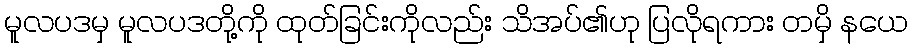
မူလပဒမှ မူလပဒတို့ကို ထုတ်ခြင်းကိုလည်း သိအပ်၏ဟု ပြလိုရကား တမှိ နယေ